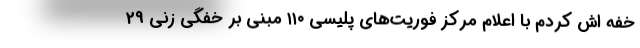
خفه اش کردم با اعلام مرکز فوریت‌های پلیسی ۱۱۰ مبنی بر خفگی زنی 29